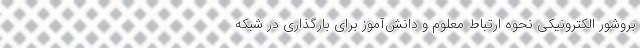
بروشور الکترونیکی نحوه ارتباط معلوم و دانش‌آموز برای بارگذاری در شبکه